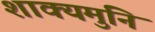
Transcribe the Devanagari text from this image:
शाक्‍यमुनि